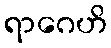
ရာဂေဟိ